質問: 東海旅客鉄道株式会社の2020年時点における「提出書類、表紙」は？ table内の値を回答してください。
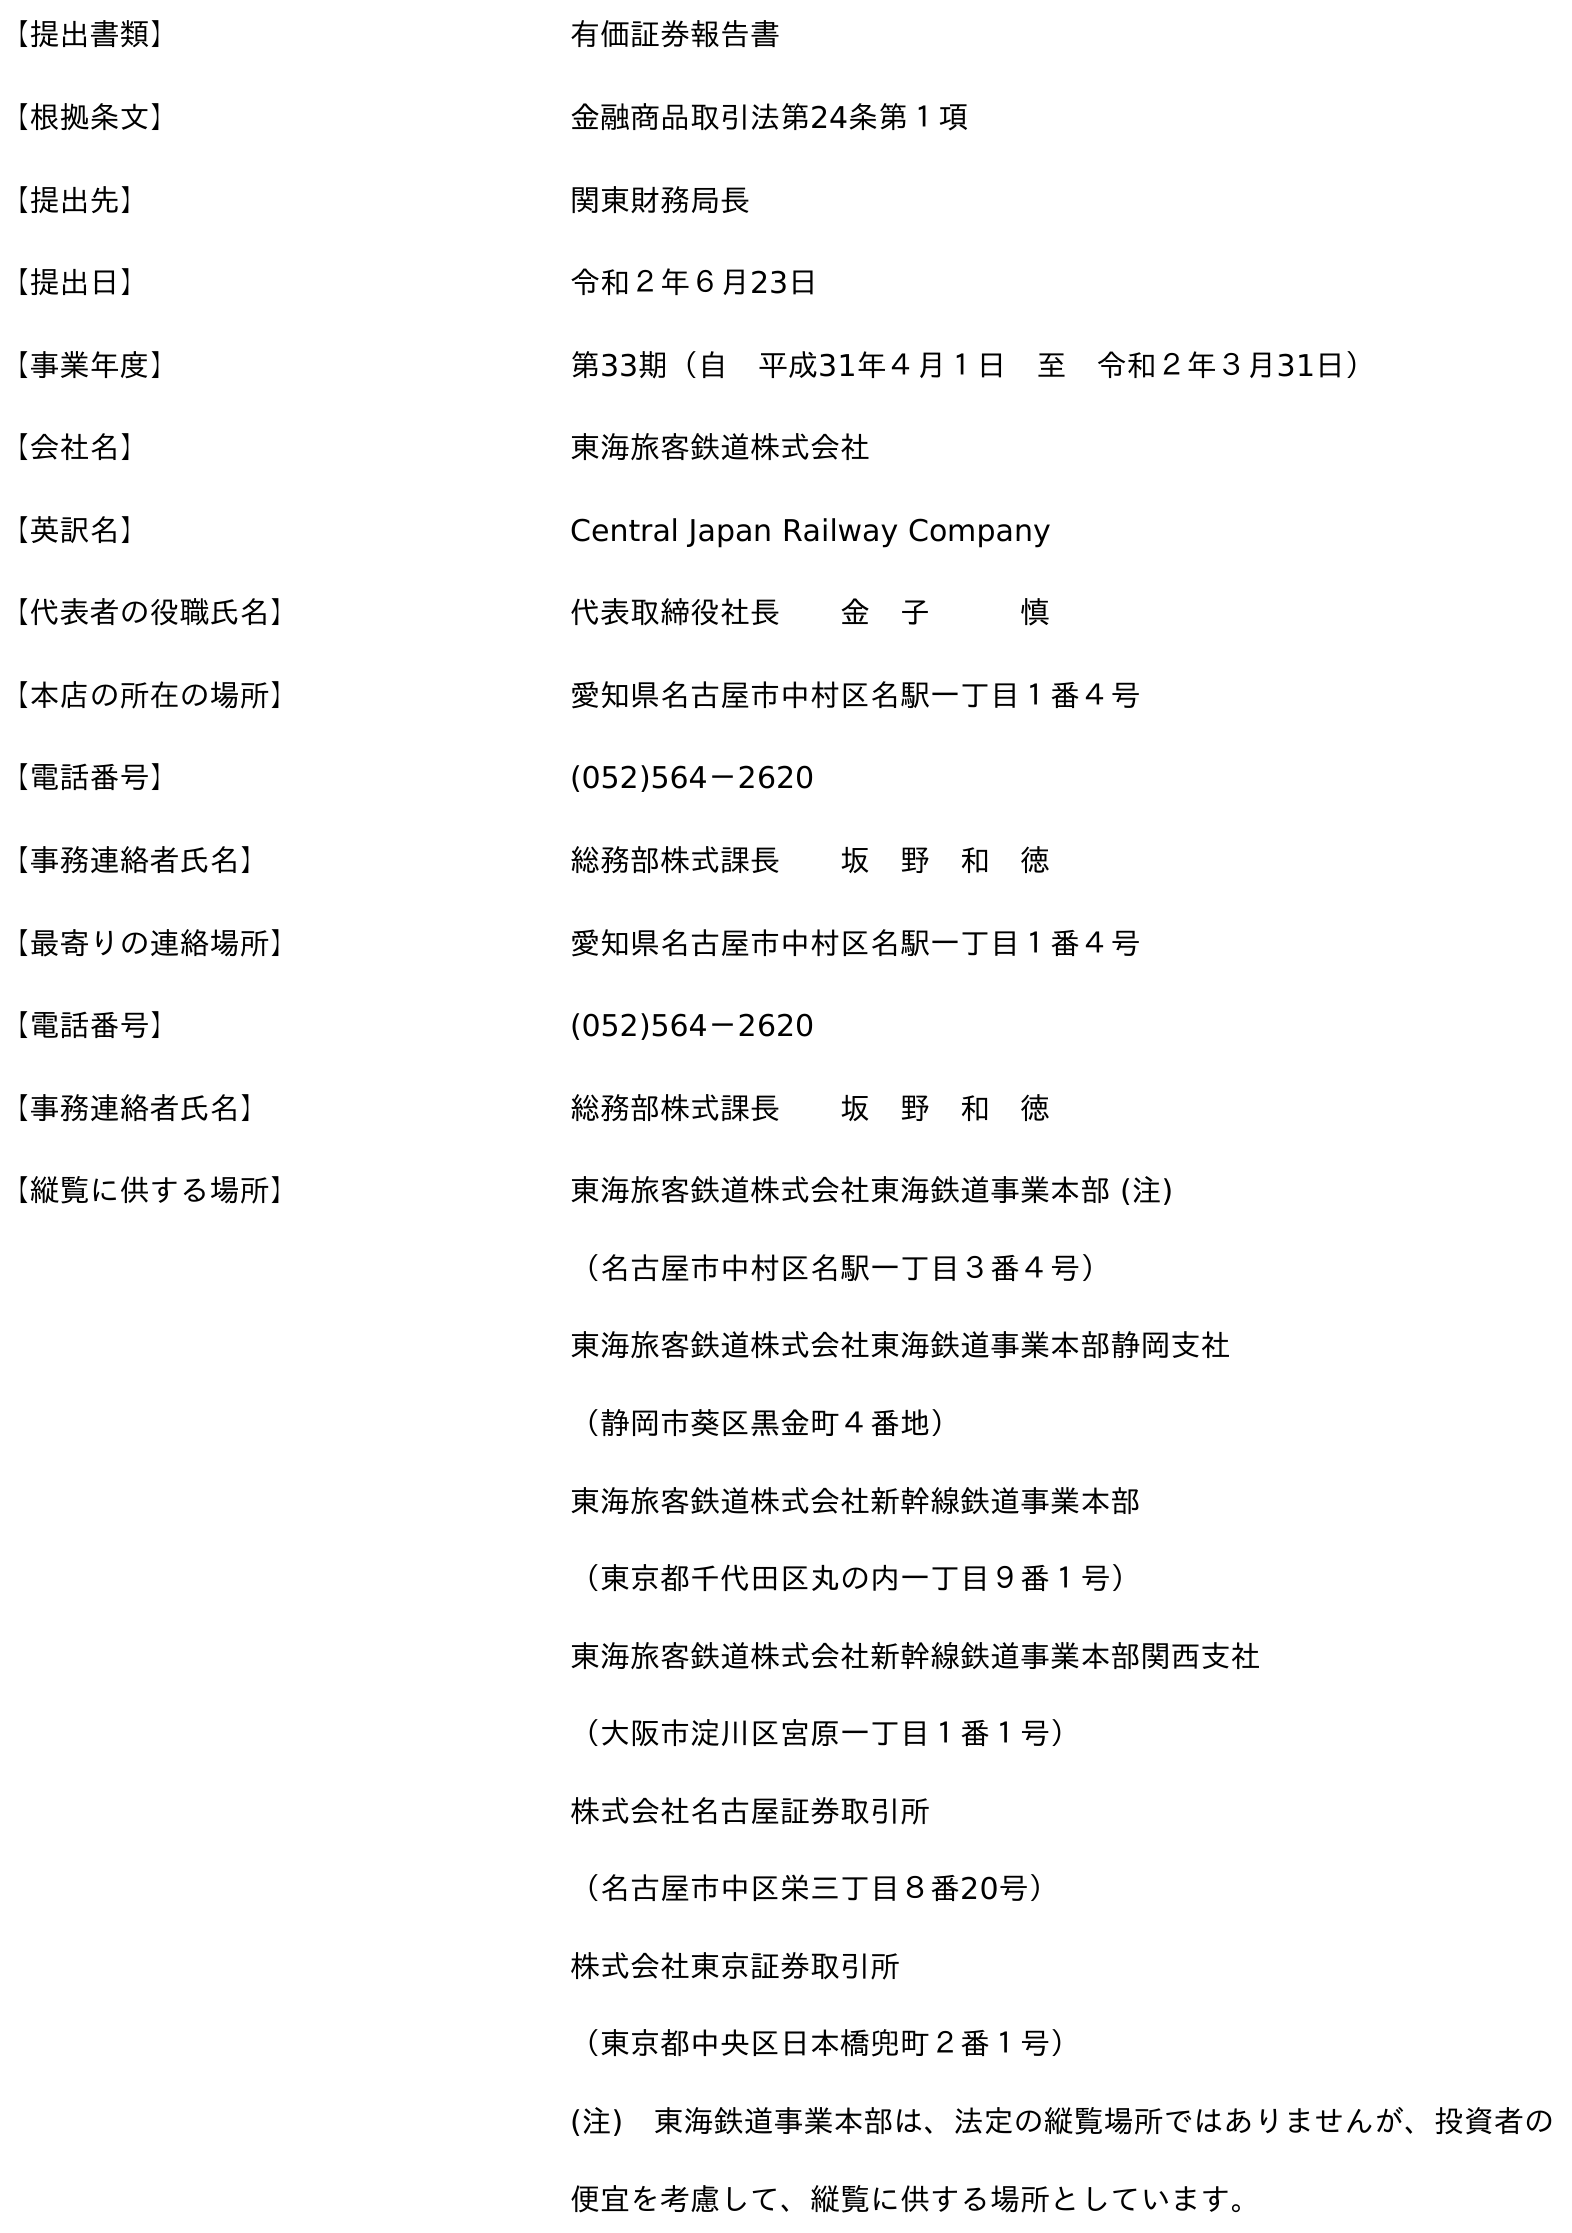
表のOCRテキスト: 【提出書類】 有価証券報告書 【根拠条文】 金融商品取引法第24条第１項 【提出先】 関東財務局長 【提出日】 令和２年６月23日 【事業年度】 第33期（自 平成31年４月１日 至 令和２年３月31日） 【会社名】 東海旅客鉄道株式会社 【英訳名】 Central Japan Railway Company 【代表者の役職氏名】 代表取締役社長  金 子   慎 【本店の所在の場所】 愛知県名古屋市中村区名駅一丁目１番４号 【電話番号】 (052)564－2620 【事務連絡者氏名】 総務部株式課長  坂 野 和 徳 【最寄りの連絡場所】 愛知県名古屋市中村区名駅一丁目１番４号 【電話番号】 (052)564－2620 【事務連絡者氏名】 総務部株式課長  坂 野 和 徳 【縦覧に供する場所】 東海旅客鉄道株式会社東海鉄道事業本部 (注) （名古屋市中村区名駅一丁目３番４号） 東海旅客鉄道株式会社東海鉄道事業本部静岡支社 （静岡市葵区黑金町４番地） 東海旅客鉄道株式会社新幹線鉄道事業本部 （東京都千代田区丸の内一丁目９番１号） 東海旅客鉄道株式会社新幹線鉄道事業本部関西支社 （大阪市淀川区宮原一丁目１番１号） 株式会社名古屋証券取引所 （名古屋市中区栄三丁目８番20号） 株式会社東京証券取引所 （東京都中央区日本橋兜町２番１号） (注) 東海鉄道事業本部は、法定の縦覧場所ではありませんが、投資者の 便宜を考慮して、縦覧に供する場所としています。
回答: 有価証券報告書